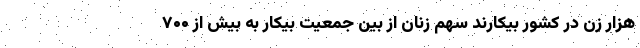
هزار زن در کشور بیکارند سهم زنان از بین جمعیت بیکار به بیش از ۷۰۰